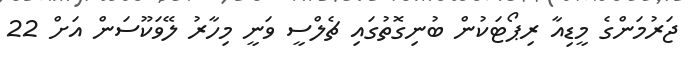
ޖަރުމަންގެ މީޑިއާ ރިޕޯޓަކުން ބުނިގޮތުގައި ޗެލްސީ ވަނީ މިހާރު ލޭވަކޫސަން އަށް 22